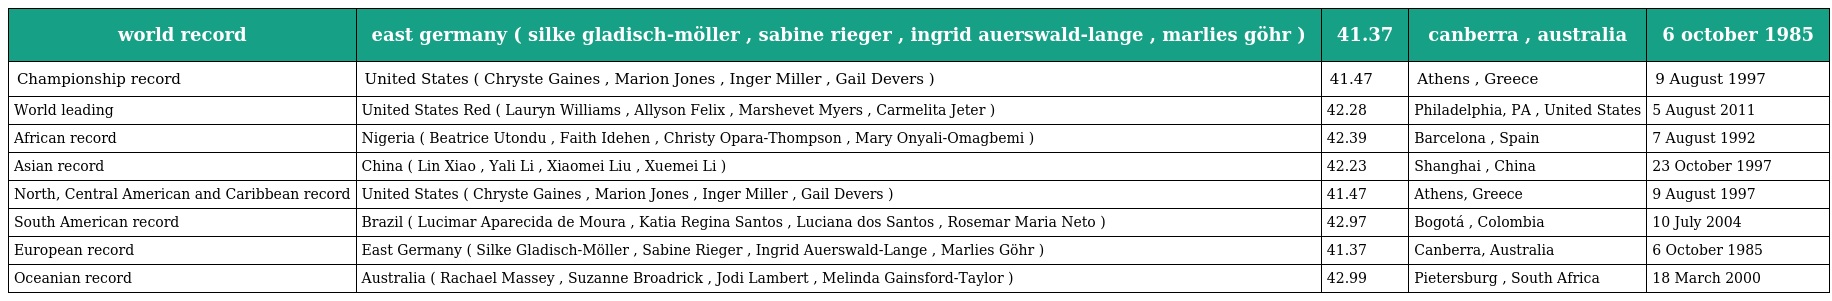
| world record | east germany ( silke gladisch-möller , sabine rieger , ingrid auerswald-lange , marlies göhr ) | 41.37 | canberra , australia | 6 october 1985 |
 | --- | --- | --- | --- | --- |
 | Championship record | United States ( Chryste Gaines , Marion Jones , Inger Miller , Gail Devers ) | 41.47 | Athens , Greece | 9 August 1997 |
 | World leading | United States Red ( Lauryn Williams , Allyson Felix , Marshevet Myers , Carmelita Jeter ) | 42.28 | Philadelphia, PA , United States | 5 August 2011 |
 | African record | Nigeria ( Beatrice Utondu , Faith Idehen , Christy Opara-Thompson , Mary Onyali-Omagbemi ) | 42.39 | Barcelona , Spain | 7 August 1992 |
 | Asian record | China ( Lin Xiao , Yali Li , Xiaomei Liu , Xuemei Li ) | 42.23 | Shanghai , China | 23 October 1997 |
 | North, Central American and Caribbean record | United States ( Chryste Gaines , Marion Jones , Inger Miller , Gail Devers ) | 41.47 | Athens, Greece | 9 August 1997 |
 | South American record | Brazil ( Lucimar Aparecida de Moura , Katia Regina Santos , Luciana dos Santos , Rosemar Maria Neto ) | 42.97 | Bogotá , Colombia | 10 July 2004 |
 | European record | East Germany ( Silke Gladisch-Möller , Sabine Rieger , Ingrid Auerswald-Lange , Marlies Göhr ) | 41.37 | Canberra, Australia | 6 October 1985 |
 | Oceanian record | Australia ( Rachael Massey , Suzanne Broadrick , Jodi Lambert , Melinda Gainsford-Taylor ) | 42.99 | Pietersburg , South Africa | 18 March 2000 |